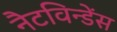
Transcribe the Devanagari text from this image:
नैटविन्डेंस